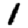
Digit: 1